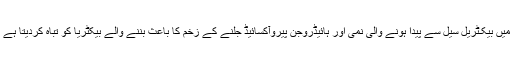
ڈاکٹرز کا کہنا ہے کہ شہد میں بیکـٹریل سیل سے پیدا ہونے والی نمی اور ہائیڈروجن پیروآکسائیڈ جلنے کے زخم کا باعث بننے والے بیکٹریا کو تباہ کردیتا ہے اور زخم مندمل کردیتا ہے۔